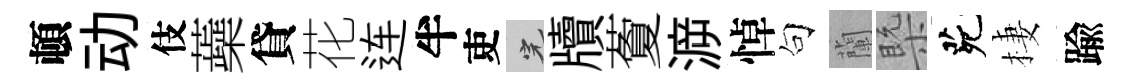
頓动伎蘃貸花连半吏完牘藑㴑悼句蘭槩茕棲踰